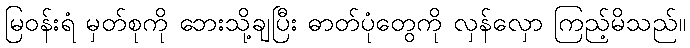
မြဝန်းရံ မှတ်စုကို ဘေးသို့ချပြီး ဓာတ်ပုံတွေကို လှန်လှော ကြည့်မိသည်။